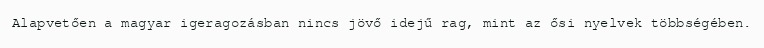
Alapvetően a magyar igeragozásban nincs jövő idejű rag, mint az ősi nyelvek többségében.